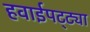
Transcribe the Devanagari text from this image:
हवाईपट्ट्या